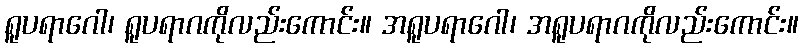
ရူပရာဂေါ၊ ရူပရာဂကိုလည်းကောင်း။ အရူပရာဂေါ၊ အရူပရာဂကိုလည်းကောင်း။